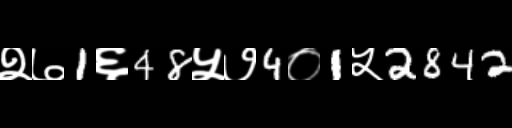
Text: २७1६48५७4०1५2842